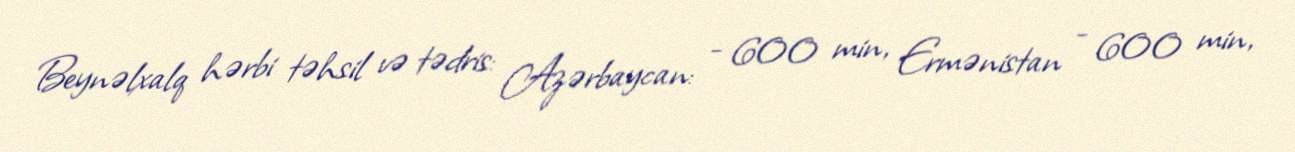
Beynəlxalq hərbi təhsil və tədris: Azərbaycan: - 600 min, Ermənistan - 600 min,